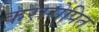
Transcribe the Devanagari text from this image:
करारोपित